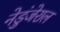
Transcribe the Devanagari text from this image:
नेडुंजेराल